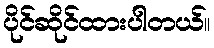
ပိုင်ဆိုင်ထားပါတယ်။